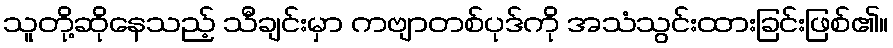
သူတို့ဆိုနေသည့် သီချင်းမှာ ကဗျာတစ်ပုဒ်ကို အသံသွင်းထားခြင်းဖြစ်၏။